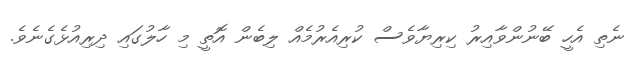
ނެތި އެހީ ބޭނުންވާއިރު ކިރިޔާވެސް ކުރިއެރުމެއް ލިބެން އޮތީ މި ހާލުގައި ދިރިއުޅެގެނެވެ.